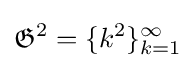
{\mathfrak {G}}^{2}=\{k^{2}\}_{k=1}^{\infty }